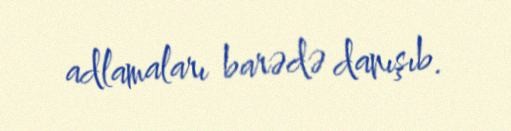
adlamaları barədə danışıb.